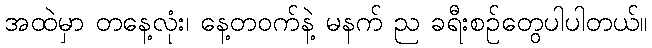
အထဲမှာ တနေ့လုံး၊ နေ့တဝက်နဲ့ မနက် ည ခရီးစဉ်တွေပါပါတယ်။